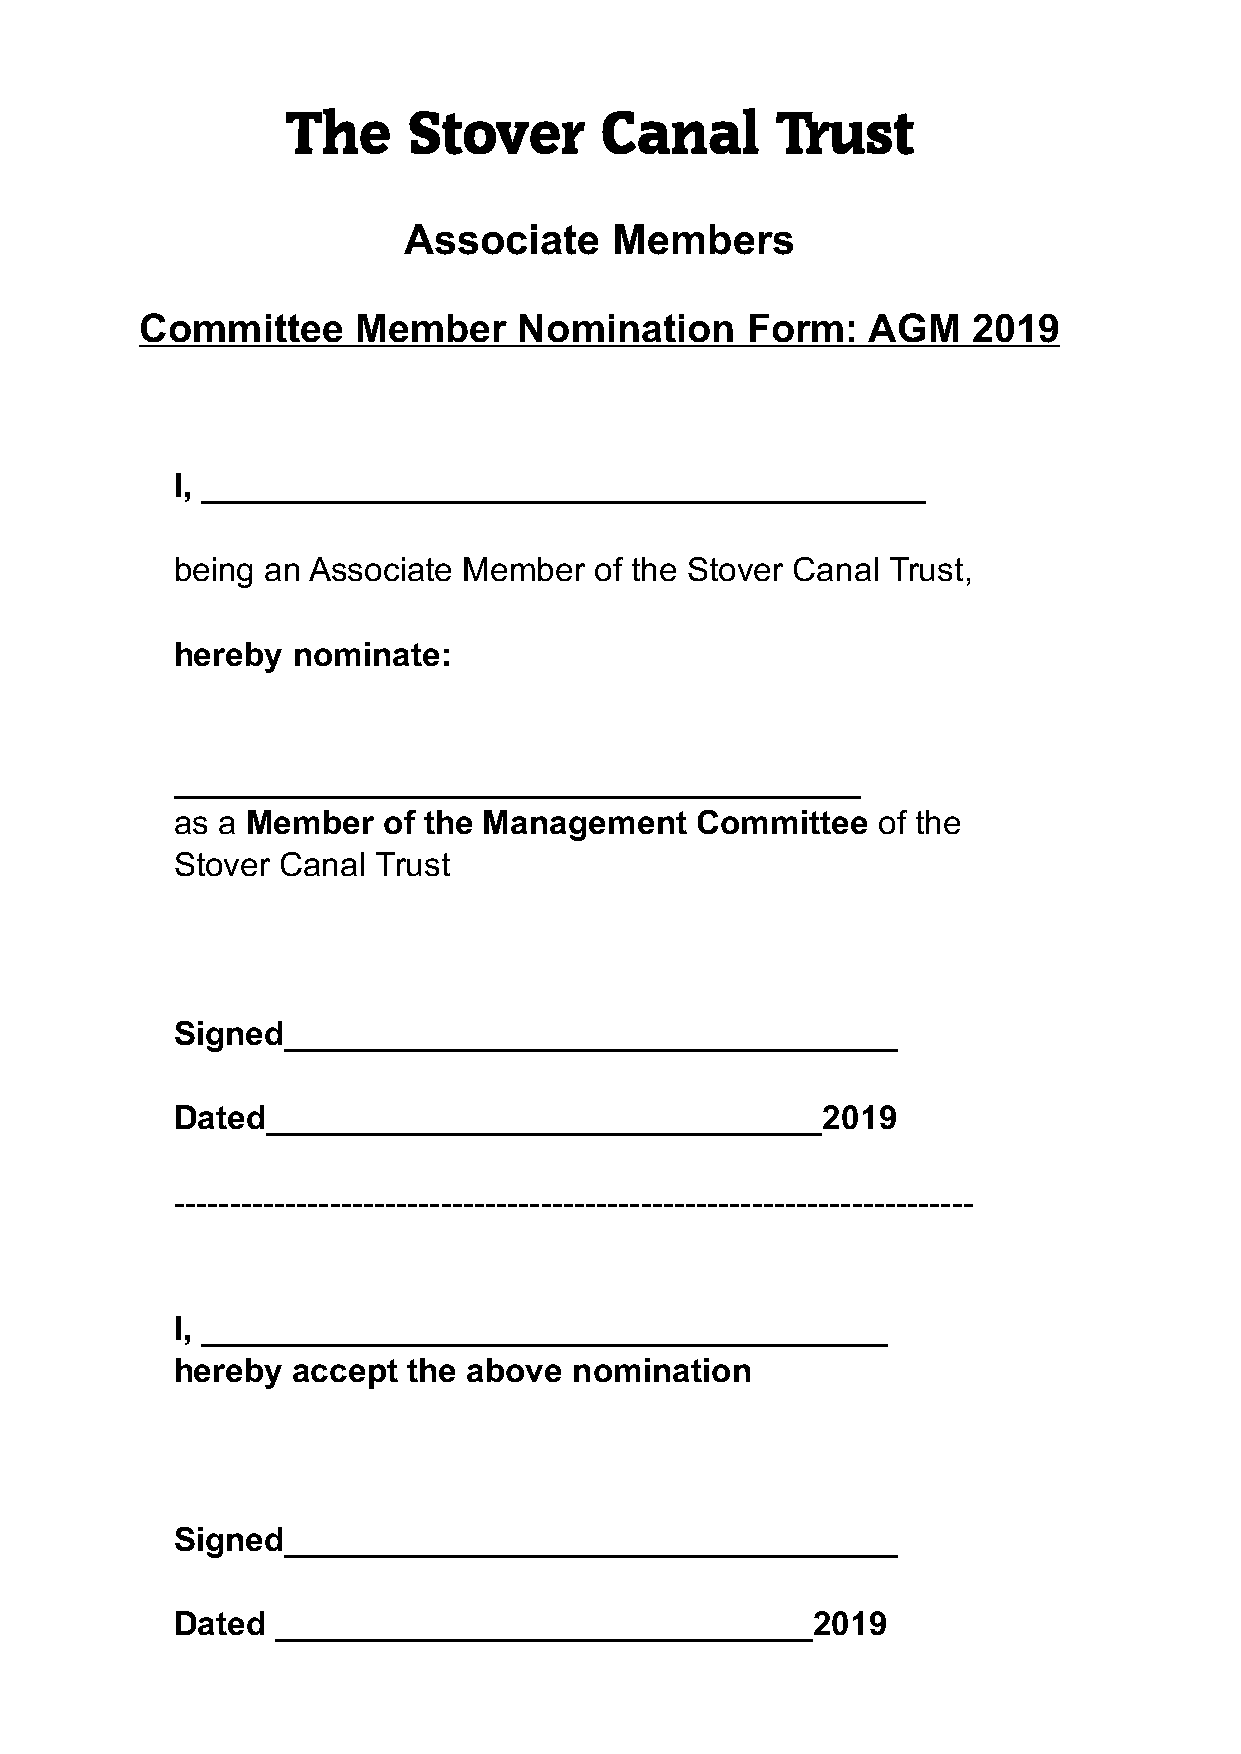
The     Stover       Canal      Trust
 Associate     Members
 Committee     Member     Nomination     Form:   AGM    2019
 I, _______________________________________
 being an Associate Member  of the Stover Canal Trust,
 hereby nominate:
 _____________________________________
 as a Member  of the Management    Committee   of the
 Stover Canal Trust
 Signed_________________________________
 Dated______________________________2019
 ------------------------------------------------------------------------
 I, _____________________________________
 hereby accept  the above  nomination
 Signed_________________________________
 Dated _____________________________2019